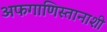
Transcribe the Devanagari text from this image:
अफगाणिस्तानाशी